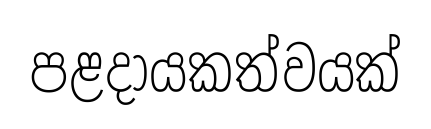
පළදායකත්වයක්